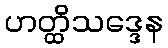
ဟတ္ထိသဒ္ဒေန